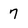
Character: 7